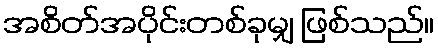
အစိတ်အပိုင်းတစ်ခုမျှ ဖြစ်သည်။